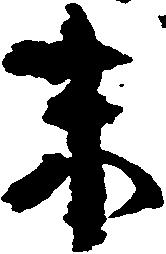
末